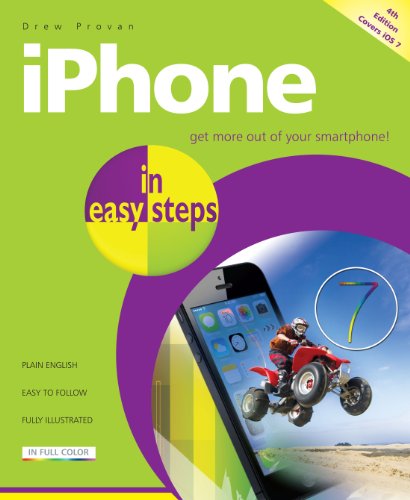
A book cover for iPhone in Easy Steps; Drew Provan; Computers & Technology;